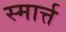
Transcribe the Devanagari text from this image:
स्मार्त्त